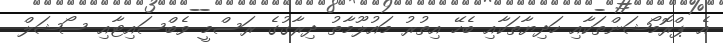
އެ ޕްރޮމޯޝަންތަކާއި ހަދިޔާތަކާއި ބެހޭ އިތުރު މައުލޫމާތު ދިރާގުގެ ރަސްމީ ވެބްސައިޓާއި ސޯޝަލް